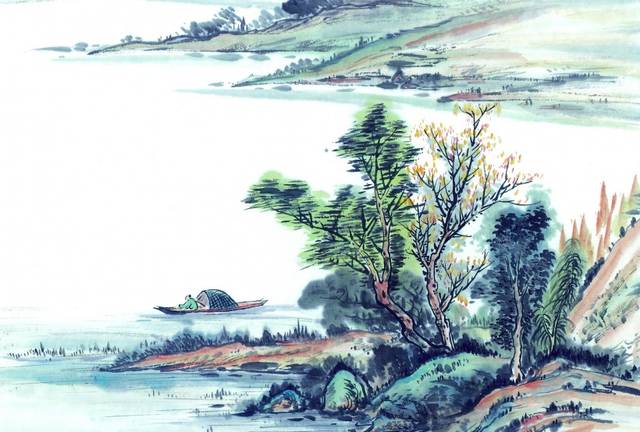
所志在功名，离别何足叹。